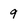
Character: 9